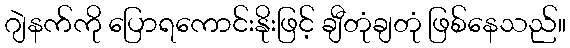
ဂျဲနက်ကို ပြောရကောင်းနိုးဖြင့် ချီတုံချတုံ ဖြစ်နေသည်။